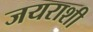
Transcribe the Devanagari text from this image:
जयराशी